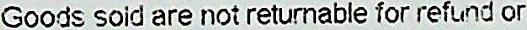
GOODS SOLD ARE NOT RETURNABLE FOR REFUND OR